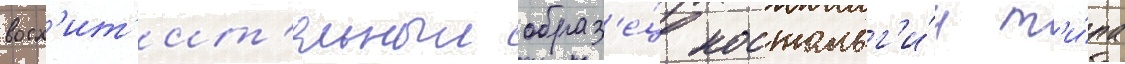
восх'ит'ит'ельныи образ'е́ц ностальг'и́и т'и́па